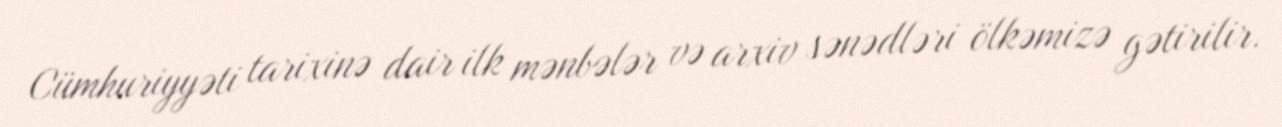
Cümhuriyyəti tarixinə dair ilk mənbələr və arxiv sənədləri ölkəmizə gətirilir.